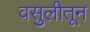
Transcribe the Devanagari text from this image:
वसुलीतून